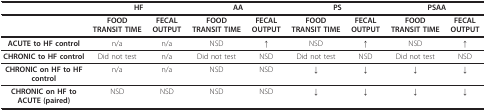
<table><thead><tr><td></td><td colspan="2"><b>HF</b></td><td colspan="2"><b>AA</b></td><td colspan="2"><b>PS</b></td><td colspan="2"><b>PSAA</b></td></tr></thead><tbody><tr><td></td><td><b>FOOD TRANSIT TIME</b></td><td><b>FECAL OUTPUT</b></td><td><b>FOOD TRANSIT TIME</b></td><td><b>FECAL OUTPUT</b></td><td><b>FOOD TRANSIT TIME</b></td><td><b>FECAL OUTPUT</b></td><td><b>FOOD TRANSIT TIME</b></td><td><b>FECAL OUTPUT</b></td></tr><tr><td><b>ACUTE to HF control</b></td><td>n/a</td><td>n/a</td><td>NSD</td><td>↑</td><td>NSD</td><td>↑</td><td>NSD</td><td>↑</td></tr><tr><td><b>CHRONIC to HF control</b></td><td>Did not test</td><td>n/a</td><td>Did not test</td><td>NSD</td><td>Did not test</td><td>NSD</td><td>Did not test</td><td>NSD</td></tr><tr><td><b>CHRONIC on HF to HF control</b></td><td>n/a</td><td>n/a</td><td>NSD</td><td>NSD</td><td>↓</td><td>↓</td><td>↓</td><td>↓</td></tr><tr><td><b>CHRONIC on HF to ACUTE (paired)</b></td><td>NSD</td><td>NSD</td><td>NSD</td><td>NSD</td><td>↓</td><td>↓</td><td>↓</td><td>↓</td></tr></tbody></table>